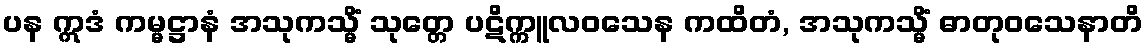
ပန ဣဒံ ကမ္မဋ္ဌာနံ အသုကသ္မိံ သုတ္တေ ပဋိက္ကူလဝသေန ကထိတံ, အသုကသ္မိံ ဓာတုဝသေနာတိ